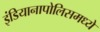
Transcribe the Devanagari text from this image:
इंडियानापोलिसमध्ये